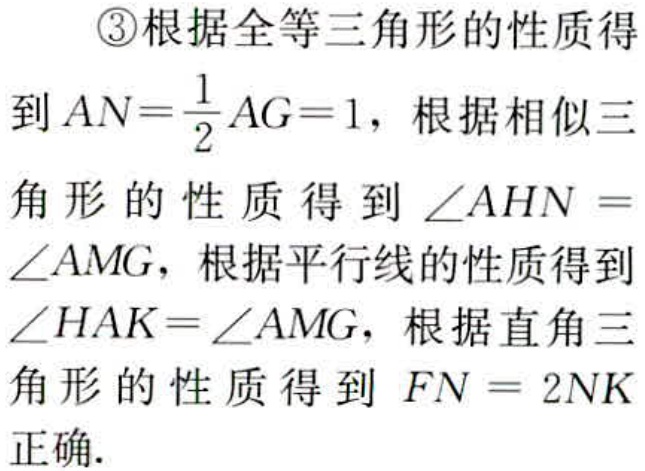
\textcircled{3}根据全等三角形的性质得
到\(AN = \frac{1}{2}AG = 1\)，根据相似三
角形的性质得到\(\angle AHN =\)
\(\angle AMG\)，根据平行线的性质得到
\(\angle HAK=\angle AMG\)，根据直角三
角形的性质得到 \(FN = 2NK\)
正确.